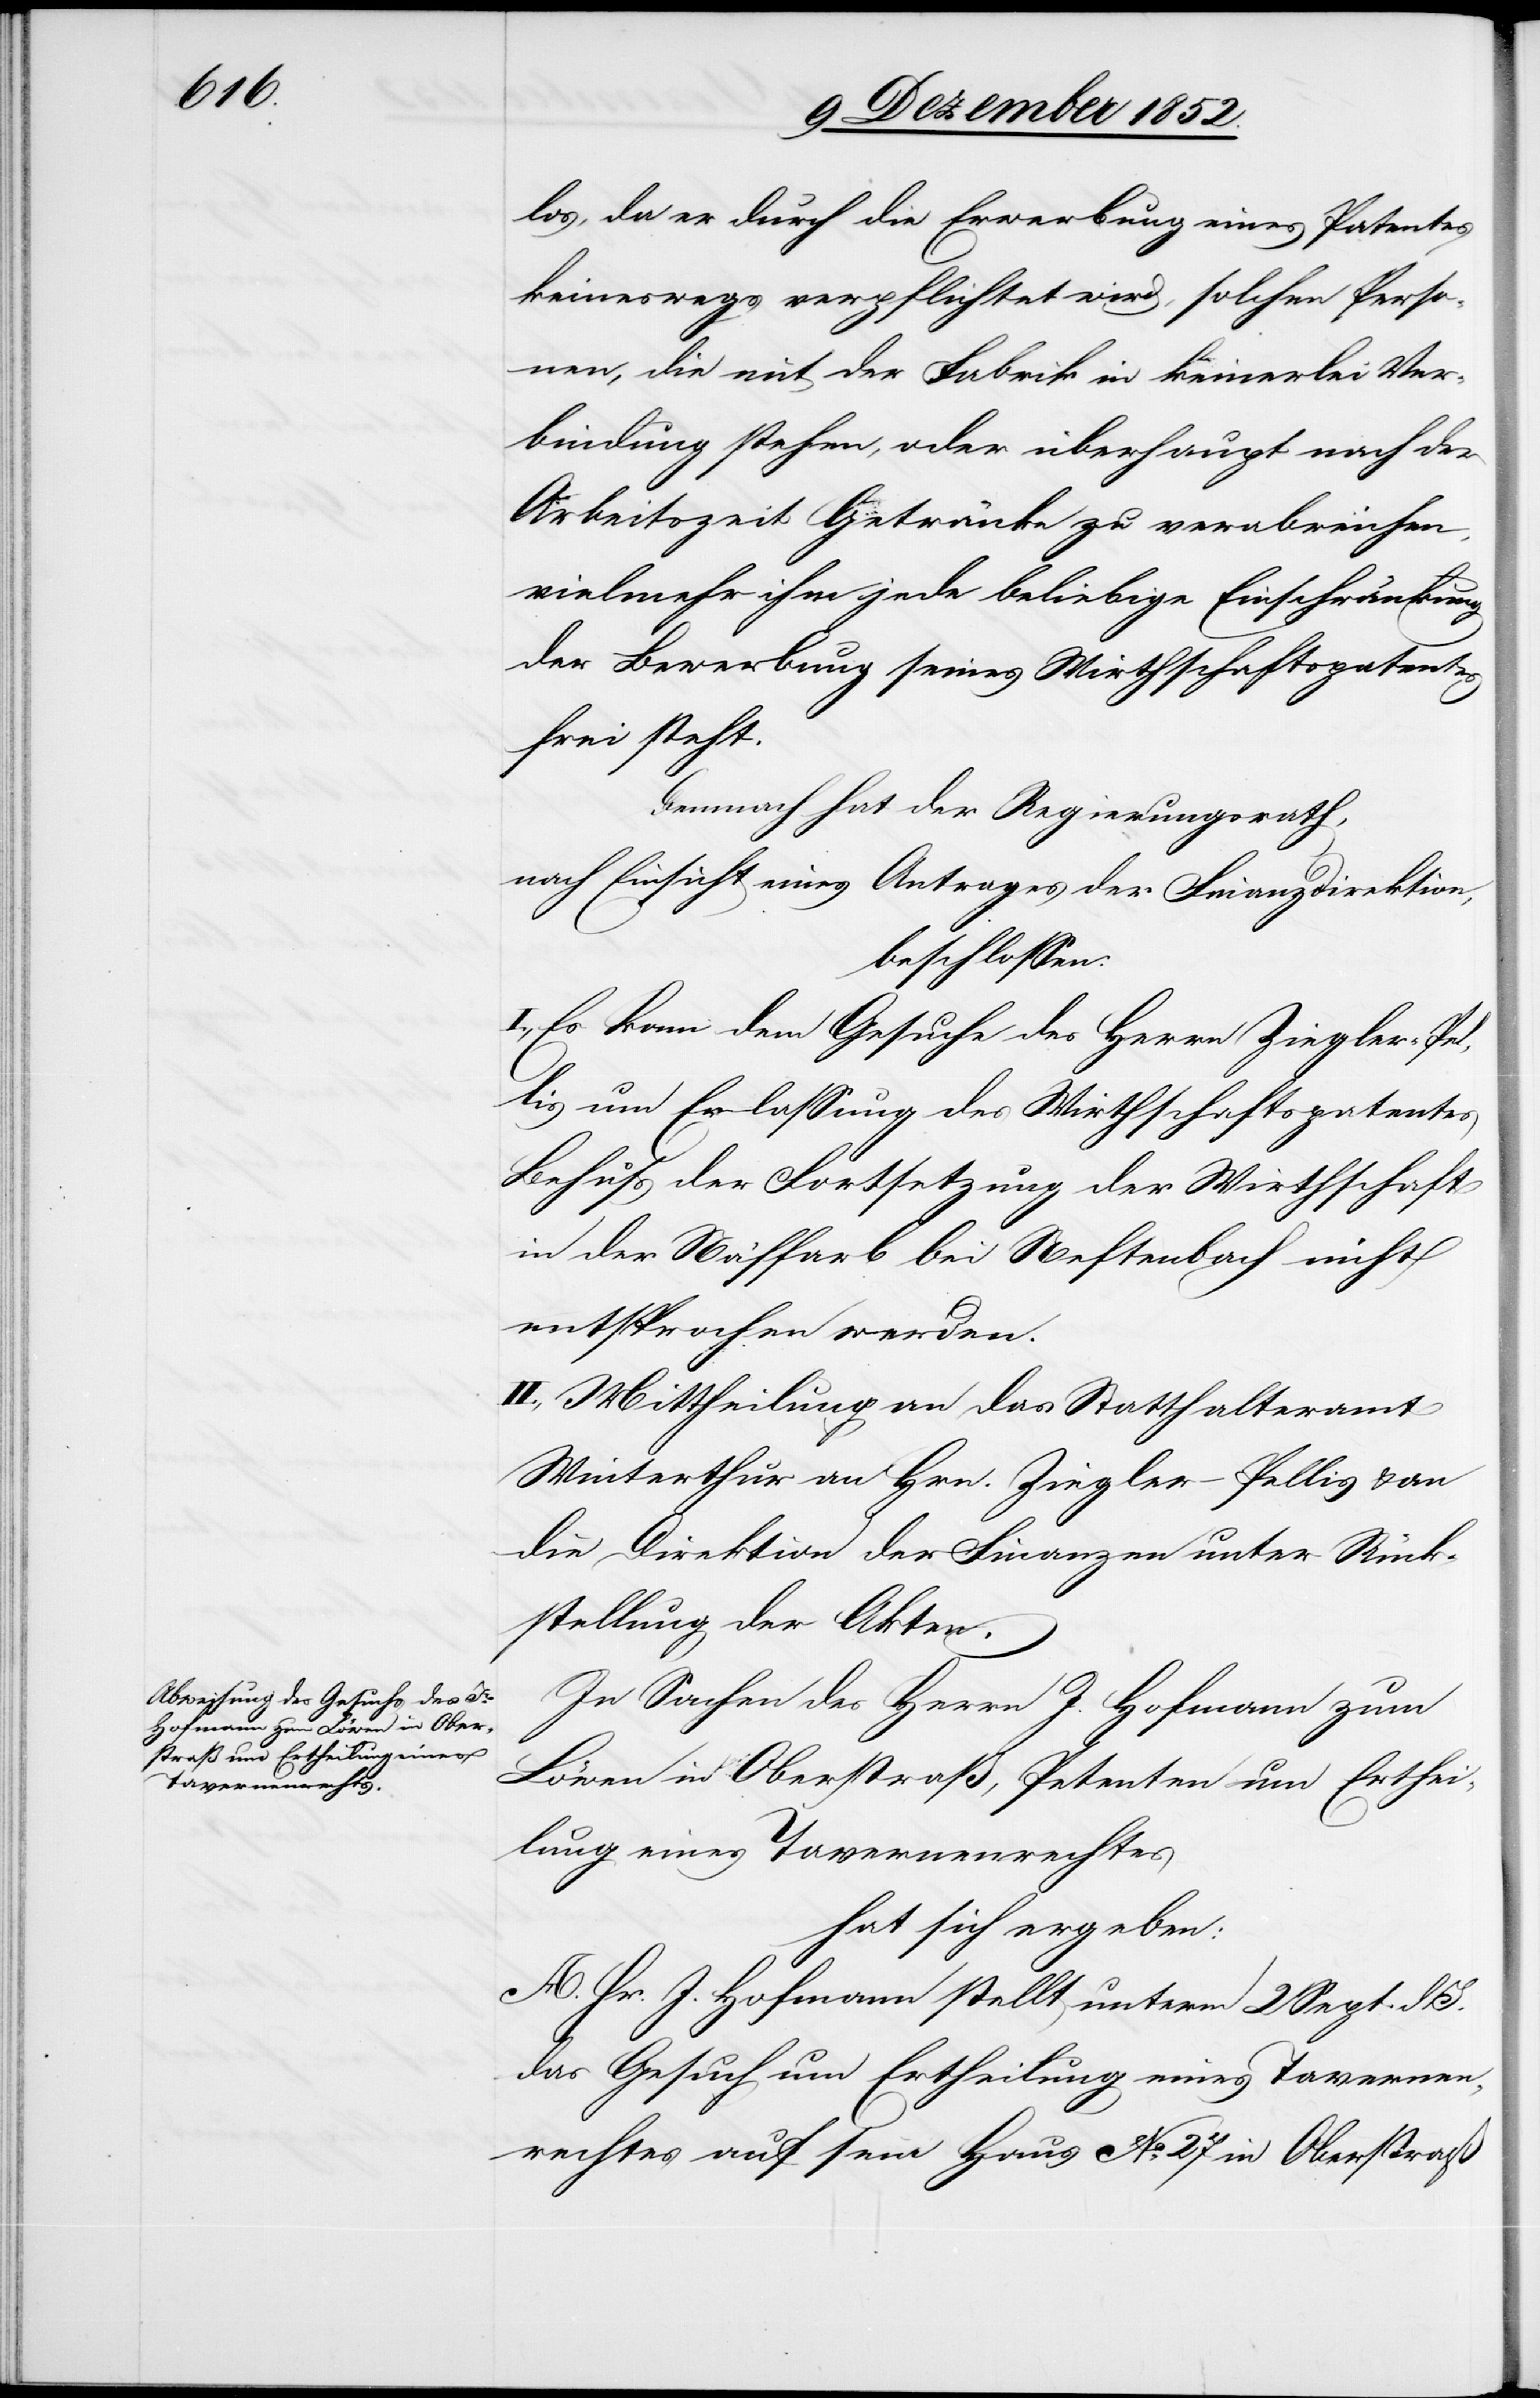
los, da er durch die Erwerbung eines Patentes
keineswegs verpflichtet wird, solchen Perso¬
nen, die mit der Fabrik in keinerlei Ver¬
bindung stehen, oder überhaupt nach der
Arbeitszeit Getränke zu verabreichen,
vielmehr ihm jede beliebige Einschränkung
der Bewerbung seines Wirthschaftspatentes
frei steht.
Demnach hat der Regierungsrath,
nach Einsicht eines Antrages der Finanzdirektion,
beschlossen:
I., Es kann dem Gesuche des Herrn Ziegler-Pel¬
lis um Erlassung des Wirthschaftspatentes
Behufs der Fortsetzung der Wirthschaft
in der Näffarb bei Neftenbach nicht
entsprochen werden.
II., Mittheilung an das Statthalteramt
Winterthur[,] an Hrn. Ziegler-Pellis & an
die Direktion der Finanzen unter Rück¬
stellung der Akten.
In Sachen des Herrn J. Hofmann zum
Löwen in Oberstraß, Petenten um Erthei¬
lung eines Tavernenrechtes
hat sich ergeben:
A. Hr. J. Hofmann stellt unterm 2 Sept. d.
das Gesuch um Ertheilung eines Tavernen¬
rechtes auf sein Haus No. 27 in Oberstraß